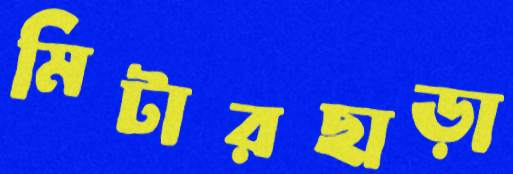
মিটারছাড়া